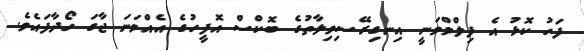
ފަހު ކޮޅު އެ ފިލްމްވަނީ އިނގިރޭސިވިލާތުގެ ބޮކްސް އޮފީހުގެ އެއްވަނަ ޖާގަ ހޯދާފައެވެ.